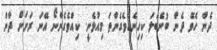
ދެން ހެވޭ ދެން ބުނެބަލަ ކިހިނެއްވެގެންތަ މިއުޅެނީ. ކިއްވެގެންނޯ އޭނަ ރަށަށް ދާން